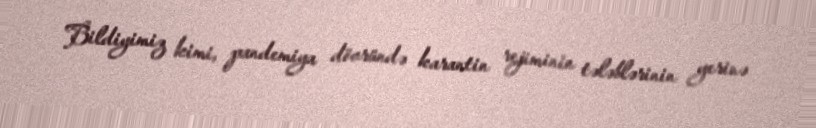
Bildiyimiz kimi, pandemiya dövründə karantin rejiminin tələblərinin yerinə